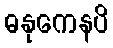
ဓနုကေနပိ